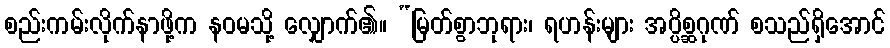
စည်းကမ်းလိုက်နာဖို့က နဝမသို့ လျှောက်၏။ “မြတ်စွာဘုရား၊ ရဟန်းများ အပ္ပိစ္ဆဂုဏ် စသည်ရှိအောင်